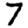
Digit: 7